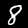
Label: 8